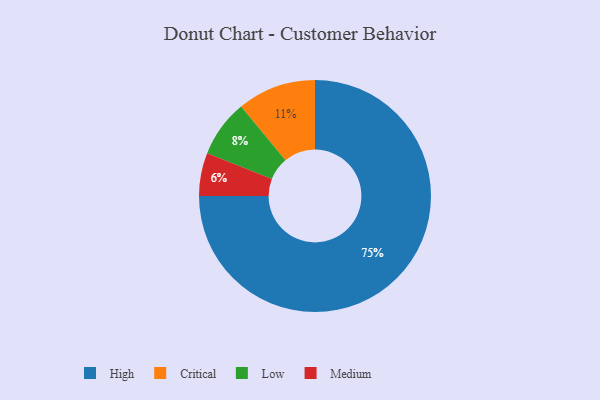
{"axis": {"x": "Category", "y": "Percentage"}, "legend": ["Critical", "High", "Low", "Medium"], "data": [{"x": "Critical", "y": 11, "type": "Critical"}, {"x": "Medium", "y": 6, "type": "Medium"}, {"x": "Low", "y": 8, "type": "Low"}, {"x": "High", "y": 75, "type": "High"}]}